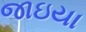
જાઇયા